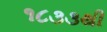
૧૮૩૩થી